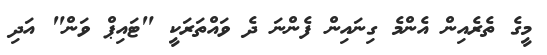
މީގެ ތެރެއިން އެންމެ ގިނައިން ފެންނަ ދެ ވައްތަރަކީ "ޓައިޕް ވަން" އަދި